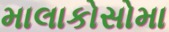
માલાકોસોમા